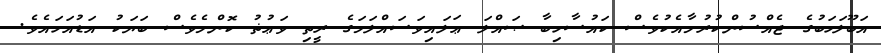
އަބޫލަހަބުގެ ޖެއްސުންކުރުމާއެކުވެސް ކައުސާހިބާ ޞައްލަ ޢަލައިވަސައްލަމަގެ ރީތި ވަޢުޡު ކޮންމެވެސް ބަޔަކު އަޑުއަހައެވެ.